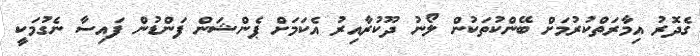
ގެދޮރު އިމާރަތްކުރުމަށް ބޭންކުތަކުން ލޯނު ދޫކުރާއިރު އެކަމަށް ޕެންޝަން ފަންޑުން ފައިސާ ނެގުމަކީ